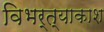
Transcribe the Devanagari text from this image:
विभर्त्याकाश